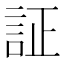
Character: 証